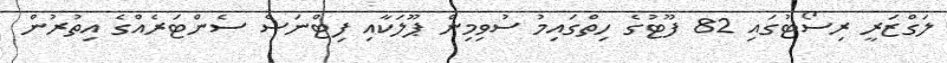
ލަގްޒަރީ ރިސޯޓުގައި 82 ފޫޓުގެ ހިތްގައިމު ސުވިމިން ޕޫލަކާއި ފިޓްނަސް ސެންޓަރެއްގެ އިތުރުން